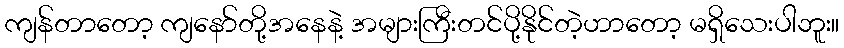
ကျန်တာတော့ ကျနော်တို့အနေနဲ့ အများကြီးတင်ပို့နိုင်တဲ့ဟာတော့ မရှိသေးပါဘူး။